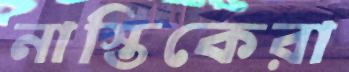
নাস্তিকেরা